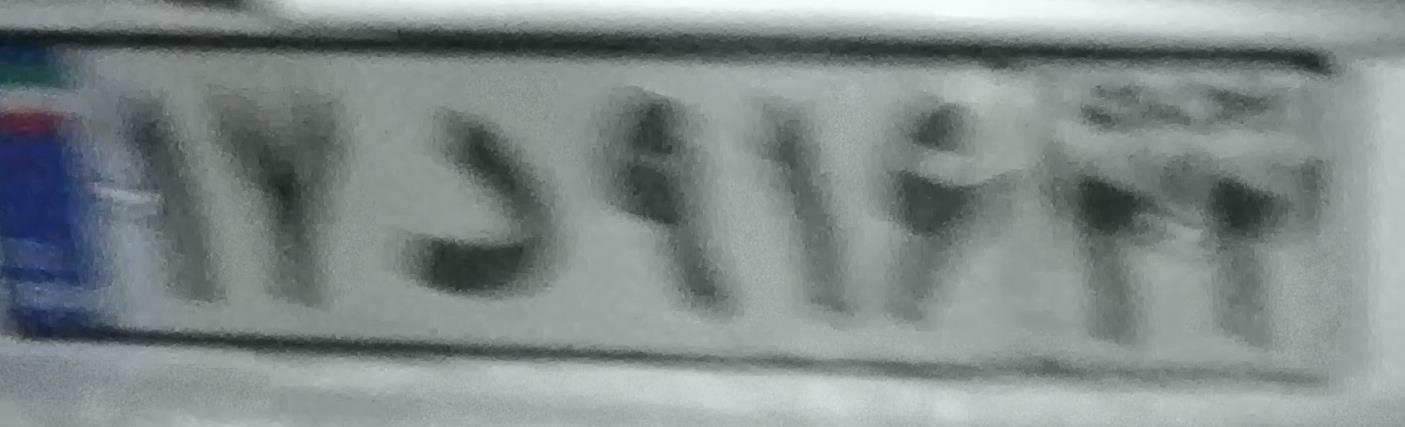
۱۷د۹۱۶۲۲